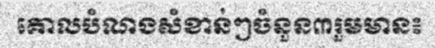
គោលបំណងសំខាន់ៗចំនួន៣រួមមាន៖